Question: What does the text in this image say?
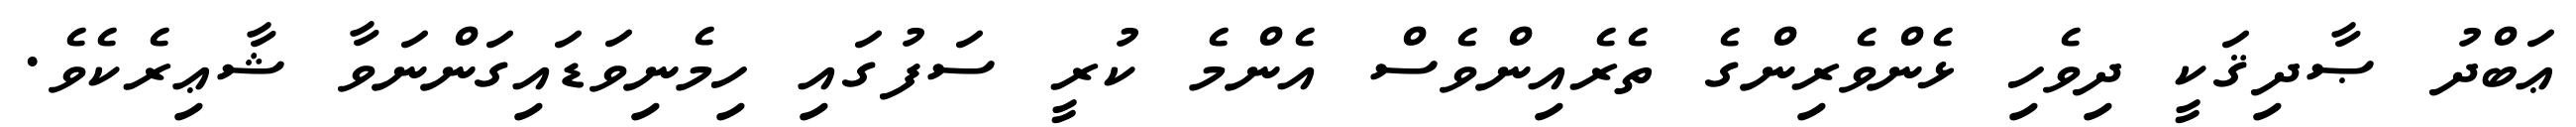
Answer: ޢަބްދު ޞާދިޤަކީ ދިވެހި ޅެންވެރިންގެ ތެރެއިންވެސް އެންމެ ކުރީ ސަފުގައި ހިމެނިވަޑައިގަންނަވާ ޝާޢިރެކެވެ.